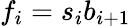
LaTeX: f_{i}=s_{i}b_{i+1}